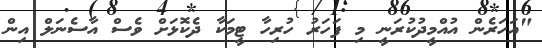
"އަހަރެން އުއްމީދުކުރަނީ މި ފަހަރު ހުރިހާ ޓީމަކާ ދެކޮޅަށް ވެސް އާސެނަލް އިން